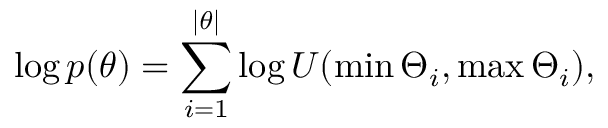
\log p ( \theta ) = \sum _ { i = 1 } ^ { | \theta | } \log U ( \operatorname* { m i n } \Theta _ { i } , \operatorname* { m a x } \Theta _ { i } ) ,